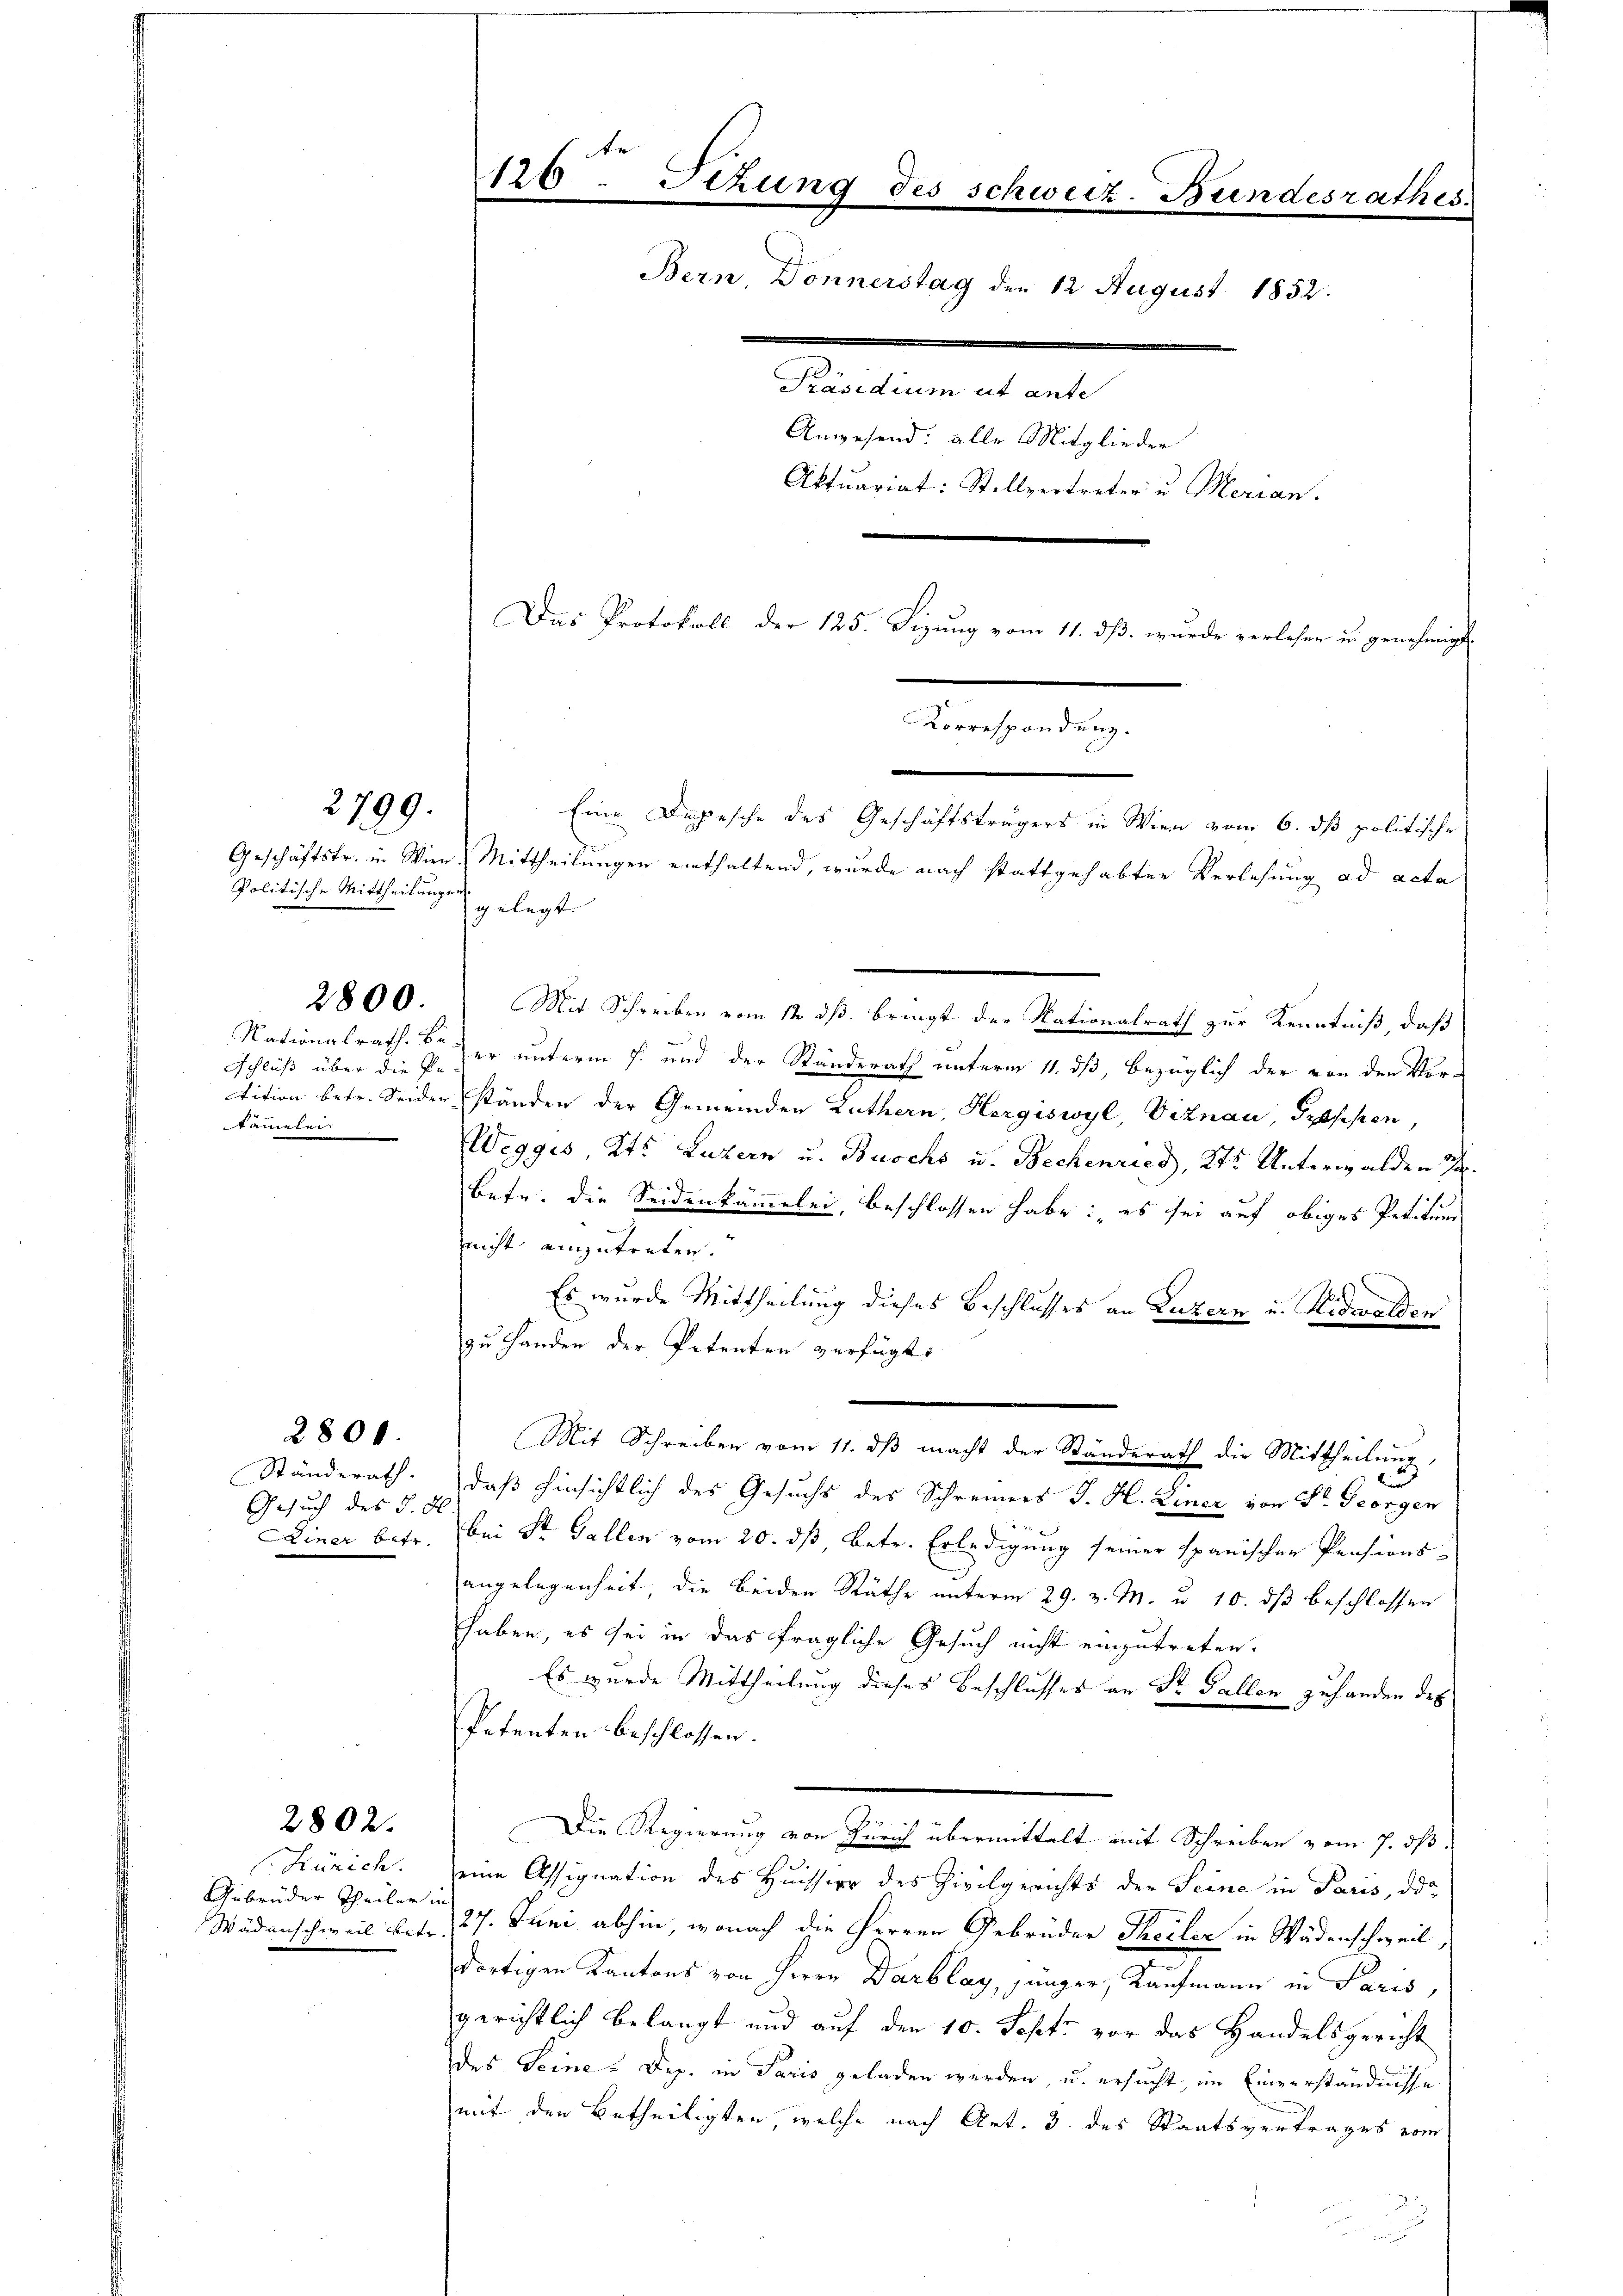
Politische Mittheilungen.

2800.

2800.

2802.

2799.

Schluß über die Pe
tämmeln.

Ständerath.
Gesuch des §. d

Zürich.
Gebrüder Theiler in

e
Mit Schreiben vom 12 ds. bringt der Nationalrath zur Kenntniß, daß
Nationalrath. So er unterm 7. und der Standerath unterm 11. dß, bezüglich der von den Vor-
tition betr. Seiderständen der Gemeinden Luthern, Hergiswyl, Viznau, Treppen,
Weggis, Kts. Luzern u. Buschs u. Bechenried, Kts. Unterwalden 1.
betr. die Seidenkammelei, beschlossen habe: es sei auf obiges Petitum
nicht einzutreten.
Es wurde Mittheilung dieses Beschlusses an Luzern u. Nidwalden
zu Handen der Petenten verfügt:
u
.
daß hinsichtlich des Gesuchs des Schreiners J. H. Liner von Dr. Georgen
Einer betr. bei Sr. Gallen vom 20. ds, betr. Erledigung seiner spanischen Pensions-
angelegenheit, die beiden Räthe unterm 29. v. M. u. 10. dβ beschlossen
haben, es sei in das fragliche Gesuch nicht einzutreten.
Es wurde Mittheilung dieses Beschlusses an Sr. Gallen zuhanden des
Petenten beschlossen:
br
Die Regierung von Zürich übermittelt mit Schreiben vom 7. ds.
eine Assignation des Huission des Civilgerichts der Seine in Paris, das
Wädenschweil betr. 27. Juni abhin, wonach die Herren Gebrüder Theiler in Wädenschweil,
dortigen Kantons von Herrn Darblay, jünger, Kaufmann in Paris,
gerichtlich belangt und auf den 10. Septi vor das Handelsgericht
des Seine. Dep. in Paris geladen werden, u. ersucht, im Einverständnisse
mit den Betheiligten, welche nach Art. 3 des Staatsvertrages vom

120. Sitzung des schweiz. Bundesrathes.
Bern, Donnerstag den 12 August 1852.
Präsidium ut ante
Anwesend: alle Mitglieder
Aktuariat: Stellvertreter u. Merian.
Das Protokoll der 125. Sizung vom 11. ds. wurde verlesen u. genehmigt.
eanderung
Eine Depesche des Geschäftsträgers in Wien vom 6. dß politische
Geschäftsfr. in Wien, Mittheilungen enthaltend, wurde nach stattgehabter Verlesung ad acta
gelegt.

Mit Schreiben vom 11. ds macht der Standerath die Mittheilung,